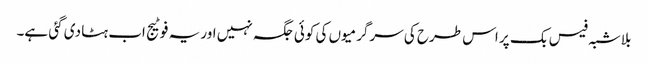
بلاشبہ فیس بک پر اس طرح کی سرگرمیوں کی کوئی جگہ نہیں اور یہ فوٹیج اب ہٹا دی گئی ہے۔